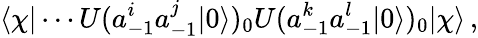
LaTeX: \langle\chi|\cdots U(a_{-1}^{i}a_{-1}^{j}|0\rangle)_{0}U(a_{-1}^{k}a_{-1}^{l}|0\rangle)_{0}|\chi\rangle\, ,